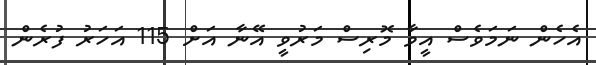
އެހެން ނަމަވެސް އީވާ މޮރިސް މަރުވީ އޭނާ އަށް 115 އަހަރު ފުރެން